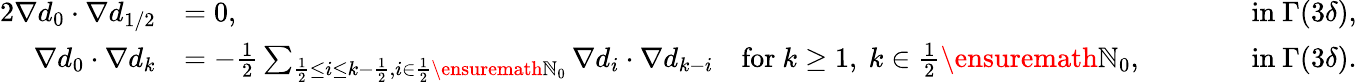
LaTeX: \begin{array}{rlrl}{{2}\nabla d_{0}\cdot\nabla d_{1/2}}&{=0,}&{\qquad}&{\mathrm{in~}\Gamma(3\delta),}\\ {\nabla d_{0}\cdot\nabla d_{k}}&{=-\frac{1}{2}\sum_{\frac{1}{2}\leq i\leq k-\frac{1}{2},i\in\frac 12\ensuremath{\mathbb{N}}_{0}}\nabla d_{i}\cdot\nabla d_{k-i}\quad\mathrm{for~}k\geq 1,\ k\in\frac 12\ensuremath{\mathbb{N}}_{0},}&{\qquad}&{\mathrm{in~}\Gamma(3\delta).}\end{array}